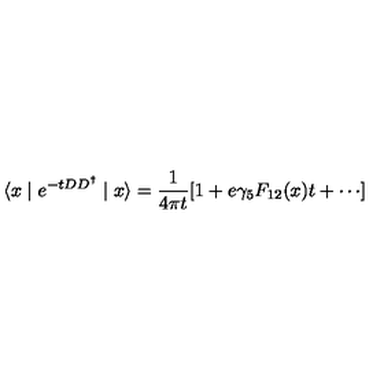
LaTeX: \langle x \mid e ^ { - t D D ^ { \dagger } } \mid x \rangle = \frac { 1 } { 4 \pi t } [ 1 + e \gamma _ { 5 } F _ { 1 2 } ( x ) t + \cdots ]